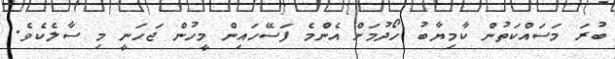
ބުރަ މަސައްކަތުން ކާމިޔާބު ހޯދުމަށް އެންމެ ފަސޭހައިން މީހުން ޖަހަނީ މި ސާލެކެވެ.